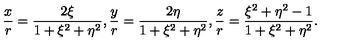
{ \frac { x } { r } } = { \frac { 2 \xi } { 1 + \xi ^ { 2 } + \eta ^ { 2 } } } , { \frac { y } { r } } = { \frac { 2 \eta } { 1 + \xi ^ { 2 } + \eta ^ { 2 } } } , { \frac { z } { r } } = { \frac { \xi ^ { 2 } + \eta ^ { 2 } - 1 } { 1 + \xi ^ { 2 } + \eta ^ { 2 } } } .